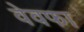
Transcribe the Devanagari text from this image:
वेवफा